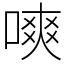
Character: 𠼙